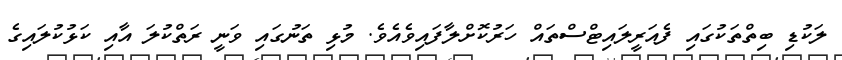
ލަކުޑި ބިތްތަކުގައި ފެއަރީލައިޓްސްތައް ހަރުކޮށްލާފައިވެއެވެ. މުޅި ތަނުގައި ވަނީ ރަތްކުލަ އާއި ކަޅުކުލައިގެ